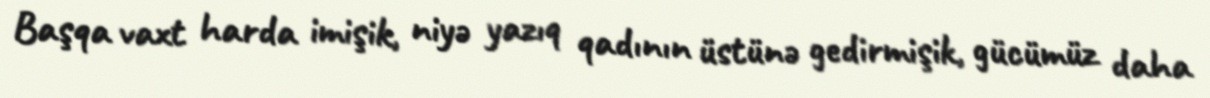
Başqa vaxt harda imişik, niyə yazıq qadının üstünə gedirmişik, gücümüz daha